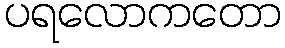
ပရလောကတော